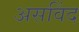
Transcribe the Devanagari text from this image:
असविंद